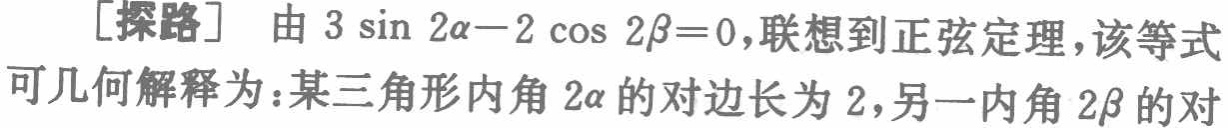
[探路] 由 \(3\sin 2\alpha - 2\cos 2\beta = 0\)，联想到正弦定理，该等式可几何解释为：某三角形内角 \(2\alpha\) 的对边长为 \(2\)，另一内角 \(2\beta\) 的对